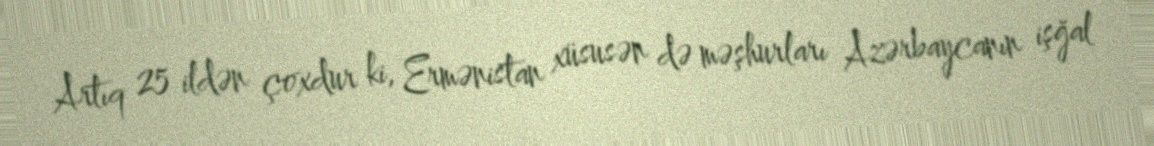
Artıq 25 ildən çoxdur ki, Ermənistan xüsusən də məşhurları Azərbaycanın işğal